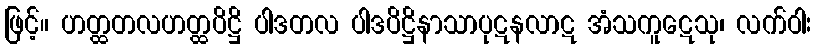
ဖြင့်။ ဟတ္ထတလဟတ္ထပိဋ္ဌိ ပါဒတလ ပါဒပိဋ္ဌိနာသာပုဋနလာဋ အံသကူဋေသု၊ လက်ဝါး